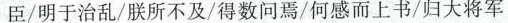
臣/明于治乱/朕所不及/得数问焉/何感而上书/归大将军